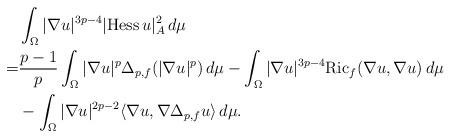
LaTeX: \begin{align*}&\int_{\Omega}|\nabla u|^{3p-4}|{\rm Hess}\,u|_A^2\,d\mu\\=&\frac{p-1}{p}\int_{\Omega} |\nabla u|^{p}\Delta_{p,f}(|\nabla u|^{p})\,d\mu-\int_{\Omega}|\nabla u|^{3p-4}{\rm Ric}_f(\nabla u,\nabla u)\,d\mu\\&-\int_{\Omega}|\nabla u|^{2p-2}\langle\nabla u,\nabla\Delta_{p,f}u\rangle\,d\mu.\end{align*}